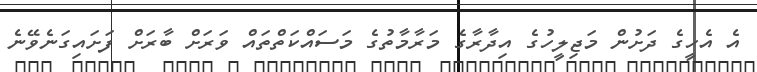
އެ އެހީގެ ދަށުން މަޖިލީހުގެ އިދާރާގެ މަރާމާތުގެ މަސައްކަތްތައް ވަރަށް ބާރަށް ފަށައިގަނެވޭނެ